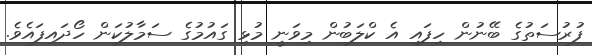
ފުރުސަތުގެ ބޭނުން ހިފައި އެ ކްލަބުން މިވަނީ މުޅި ގައުމުގެ ސަމާލުކަން ހޯދައިފައެވެ.